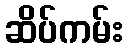
ဆိပ်ကမ်း